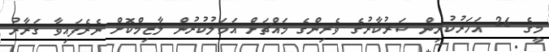
މީގެ 26 އަހަރުކުރިން ސަރުކާރުގެ ވެރިންގެ މައްޗަށް އަމަލުކުރުން ލާޒިމްކޮށް ނެރެފައިވާ ގަރާރު